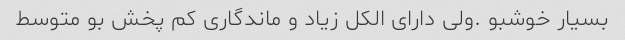
بسیار خوشبو .ولی دارای الکل زیاد و ماندگاری کم پخش بو متوسط